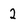
Character: 2